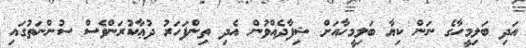
އަދި ބަލިމީހާގެ ނަން ކިޔާ ބަލިމީހާއަށް ޝިފާދެއްވުން އެދި ތިންފަހަރު ދުޢާކުރަންވެސް ސުންނަތުގައި